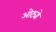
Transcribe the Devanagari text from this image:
ओट्यो